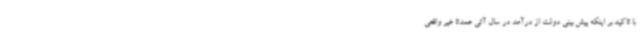
با تاکید بر اینکه پیش بینی دولت از درآمد در سال آتی عمدتا غیر واقعی